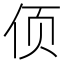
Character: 㑔